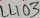
Text: L403